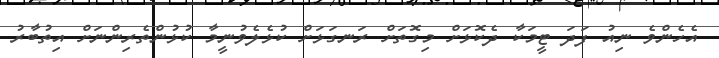
އެހެންވެ ނިއު ފަދަ ޓީމަކާ ދެކޮޅަށް މިގޮތަށް ރަނގަޅަށް ކުޅެލެވުނީމާ ކުޅުންތެރިންނަށް އިތުބާރު